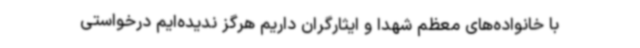
با خانواده‌های معظم شهدا و ایثارگران داریم هرگز ندیده‌ایم درخواستی